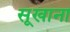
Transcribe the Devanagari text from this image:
सूखाना